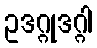
ဥဒဂ္ဂုဒဂ္ဂါ